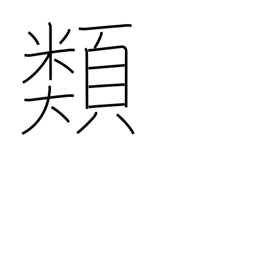
Meaning: genus